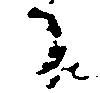
日